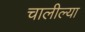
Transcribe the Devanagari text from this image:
चालील्या